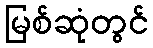
မြစ်ဆုံတွင်